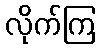
လိုက်ကြ